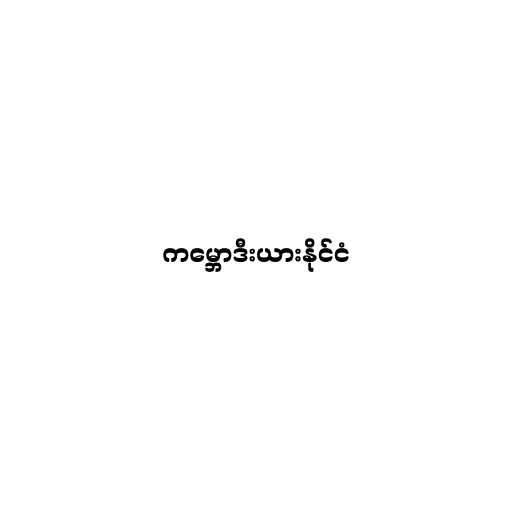
ကမ္ဘောဒီးယားနိုင်ငံ